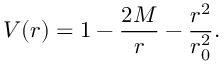
V ( r ) = 1 - \frac { 2 M } { r } - \frac { r ^ { 2 } } { r _ { 0 } ^ { 2 } } .